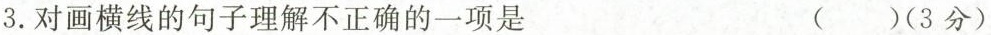
3.对画横线的句子理解不正确的一项是 ( ) (3分)